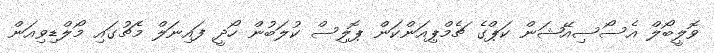
ވޮލީބޯލް އެސޯސިއޭޝަން ކަޕްގެ ޗެމްޕިއަންކަން ޕޮލިސް ކުލަބުން ހޯދީ ފައިނަލް މެޗުގައި މޯލްޑިވިއަން